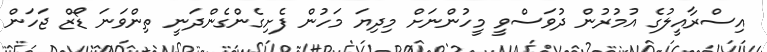
އިސްރާއީލުގެ އުމުރުން ދުވަސްވީ މީހުންނަށް މިދިޔަ މަހުން ފެށިގެންގެންދަނީ ތިންވަނަ ޑޯޒް ޖަހަން